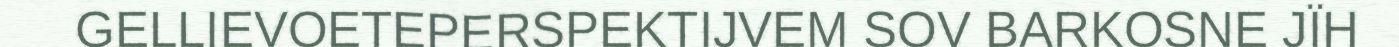
GELLIEVOETEPERSPEKTIJVEM SOV BARKOSNE JÏH